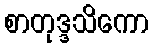
စာတုဒ္ဒသိကော